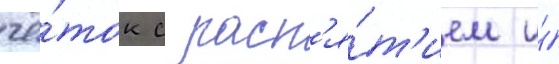
чё́ток с расп'я́т'ием и́